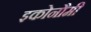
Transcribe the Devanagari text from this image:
इकोनौमी